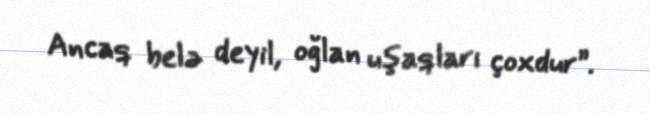
Ancaq belə deyil, oğlan uşaqları çoxdur”.